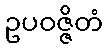
ဥပဝဇ္ဇိတံ